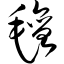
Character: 毡